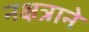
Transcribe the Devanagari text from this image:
नक्षत्राने